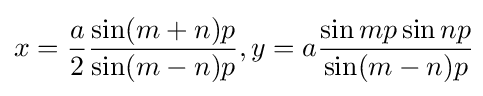
x={a \over 2}{\frac {\sin(m+n)p}{\sin(m-n)p}},y=a{\frac {\sin mp\sin np}{\sin(m-n)p}}\!